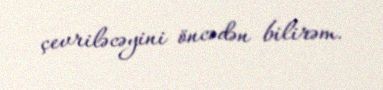
çevriləcəyini öncədən bilirəm.